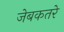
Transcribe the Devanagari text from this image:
जेबकतरे